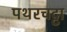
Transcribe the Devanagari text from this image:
पथरचट्टा